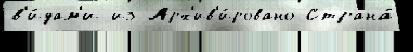
в'и́дам'и из Арх'ив'и́ровано Страна́